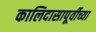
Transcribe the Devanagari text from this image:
कालिदासापूर्वीच्या